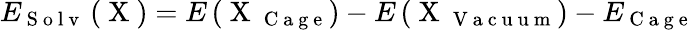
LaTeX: E_{\mathrm{~S~o~l~v~}}\left(\mathrm{~X~}\right)=E\left(\mathrm{~X~}_{\mathrm{~C~a~g~e~}}\right)-E\left(\mathrm{~X~}_{\mathrm{~V~a~c~u~u~m~}}\right)-E_{\mathrm{~C~a~g~e~}}